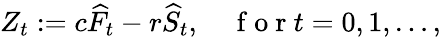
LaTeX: Z_{t}:=c\widehat{F}_{t}-r\widehat{S}_{t},\quad\mathrm{~f~o~r~}t=0,1,\ldots,